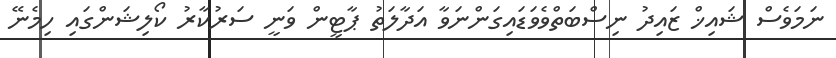
ނަމަވެސް ޝައިޚް ޒައިދު ނިސްބަތްވެވަޑައިގަންނަވާ އަދާލަތު ޕާޓީން ވަނީ ސަރުކާރު ކޯލިޝަންގައި ހިމެނޭ